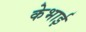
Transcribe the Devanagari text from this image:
केभाई